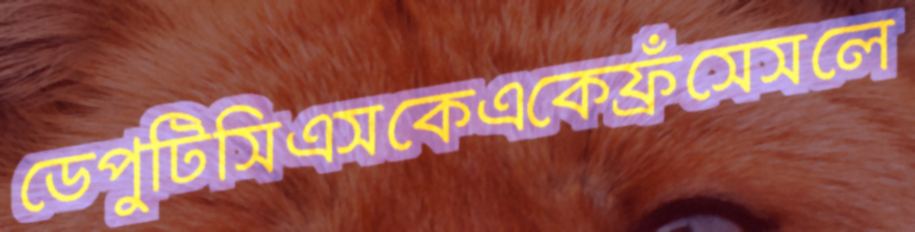
ডেপুটিসিএসকেএকেফ্রঁসেসলে